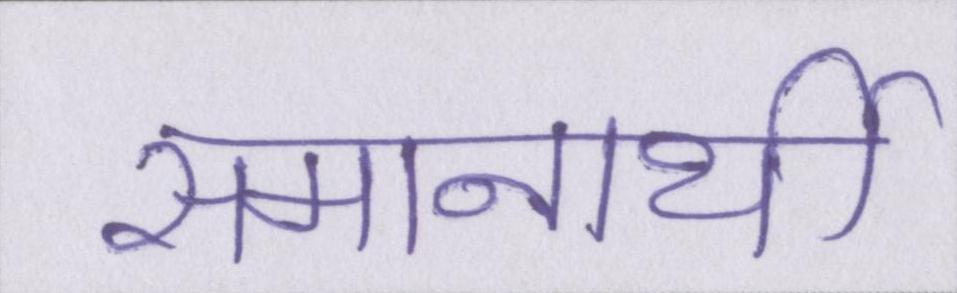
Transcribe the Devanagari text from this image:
समानार्थी